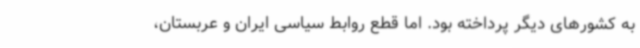
به کشورهای دیگر پرداخته بود. اما قطع روابط سیاسی ایران و عربستان،